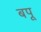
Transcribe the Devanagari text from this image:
बपू